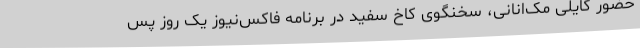
حضور کایلی مک‌انانی، سخنگوی کاخ سفید در برنامه فاکس‌نیوز یک روز پس